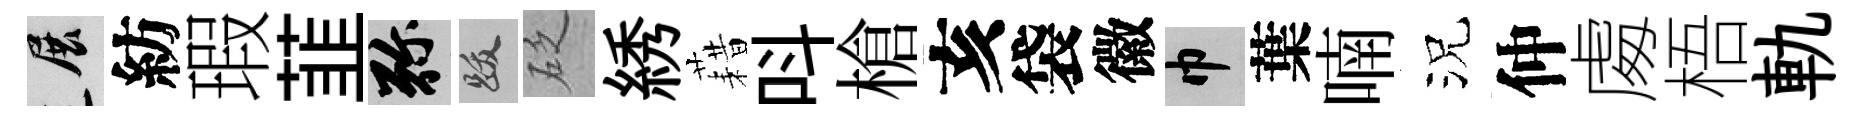
展紡瑕韮弥跋砭綉藉呌槍亥袋徽巾葉喃況仲䖏梧軌